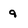
Character: 9